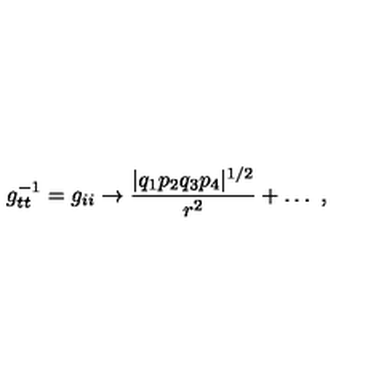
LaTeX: g _ { t t } ^ { - 1 } = g _ { i i } \rightarrow { \frac { | q _ { 1 } p _ { 2 } q _ { 3 } p _ { 4 } | ^ { 1 / 2 } } { r ^ { 2 } } } + \dots \ ,